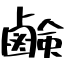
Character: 鹸